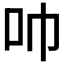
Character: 𫩒